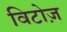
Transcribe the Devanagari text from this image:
विटोज़